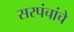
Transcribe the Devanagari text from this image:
सरपंचांचे